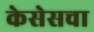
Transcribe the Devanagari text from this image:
केसेसचा